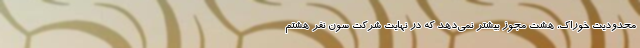
محدودیت خوراک، هشت مجوز بیشتر نمی‌دهد که در نهایت شرکت سون نفر هشتم